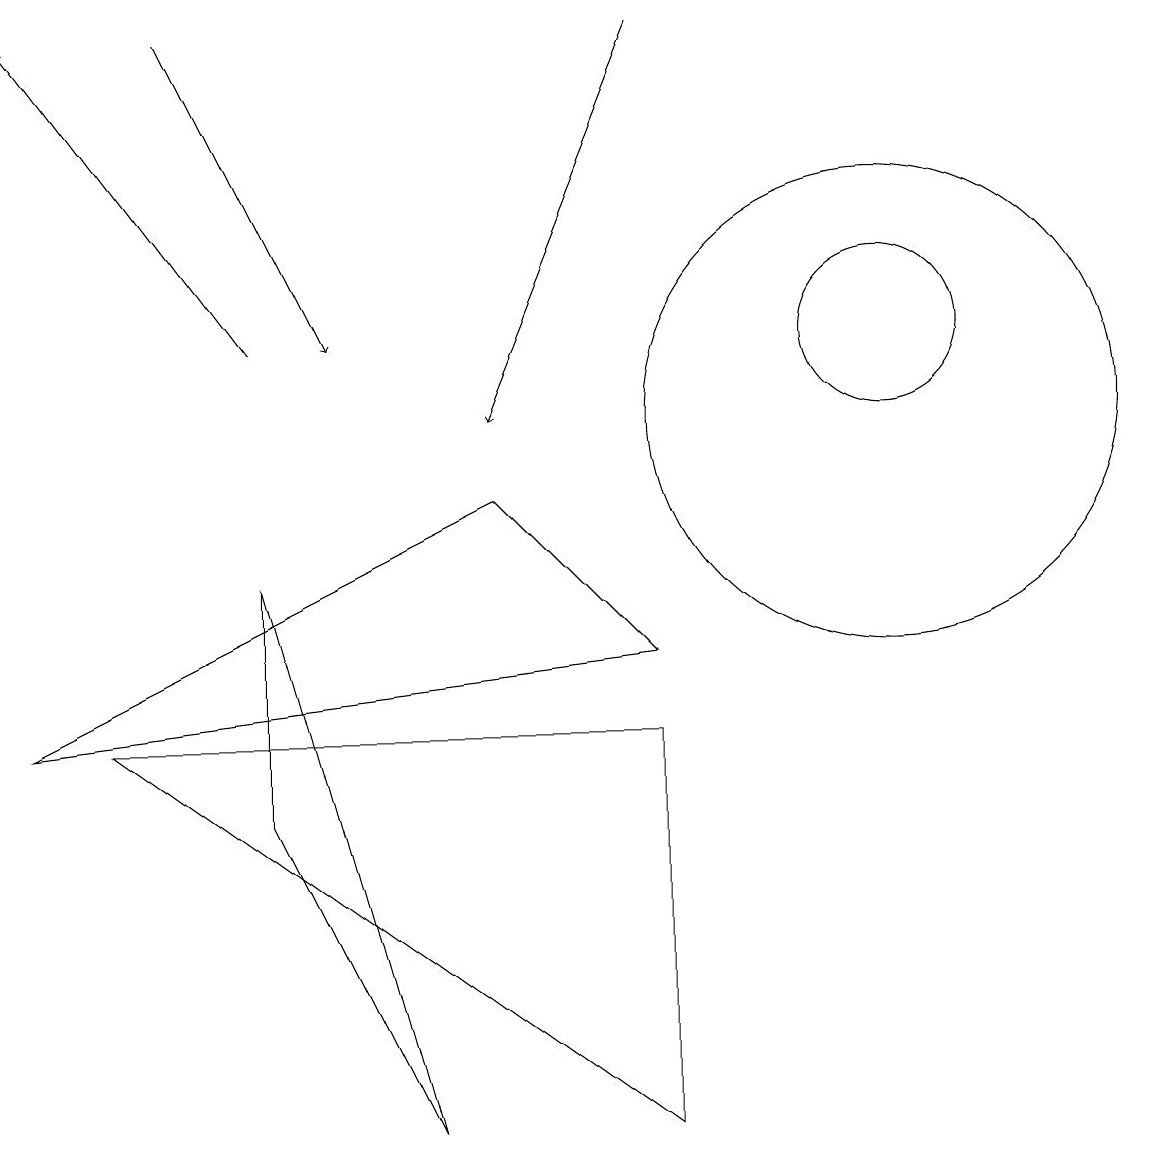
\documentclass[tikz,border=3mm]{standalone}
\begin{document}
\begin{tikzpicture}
\draw[->] (2,15) -- (4,11);
\draw (8,1) -- (1,6) -- (8,6) -- cycle;
\draw (6,9) -- (8,7) -- (0,6) -- cycle;
\draw (11,11) circle (1);
\draw (11,10) circle (3);
\draw[->] (3,11) -- (0,15);
\draw[->] (8,15) -- (6,10);
\draw (3,8) -- (3,5) -- (5,1) -- cycle;
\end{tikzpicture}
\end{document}